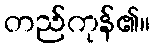
တည်ကုန်၏။